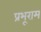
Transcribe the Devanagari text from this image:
प्रभूराम